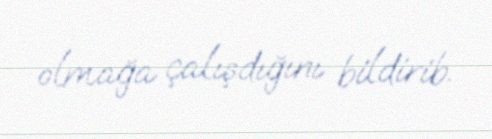
olmağa çalışdığını bildirib.